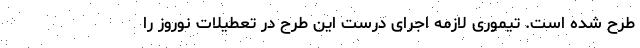
طرح شده است. تیموری لازمه اجرای درست این طرح در تعطیلات نوروز را